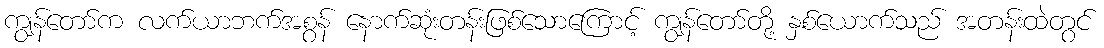
ကျွန်တော်က လက်ယာဘက်အစွန် နောက်ဆုံးတန်းဖြစ်သောကြောင့် ကျွန်တော်တို့ နှစ်ယောက်သည် အတန်းထဲတွင်